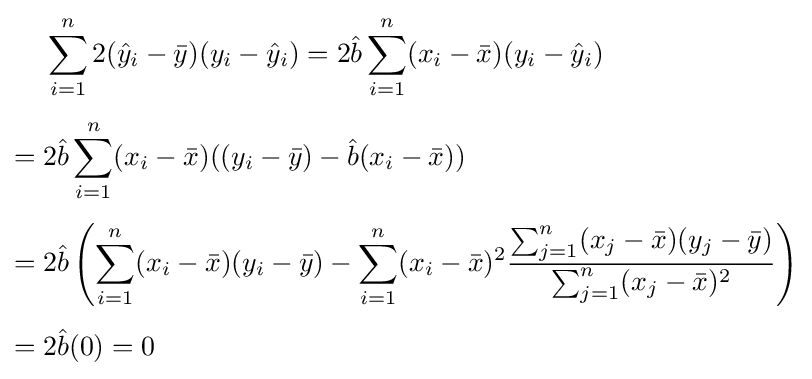
{\begin{aligned}&\sum _{i=1}^{n}2({\hat {y}}_{i}-{\bar {y}})(y_{i}-{\hat {y}}_{i})=2{\hat {b}}\sum _{i=1}^{n}(x_{i}-{\bar {x}})(y_{i}-{\hat {y}}_{i})\\[4pt]={}&2{\hat {b}}\sum _{i=1}^{n}(x_{i}-{\bar {x}})((y_{i}-{\bar {y}})-{\hat {b}}(x_{i}-{\bar {x}}))\\[4pt]={}&2{\hat {b}}\left(\sum _{i=1}^{n}(x_{i}-{\bar {x}})(y_{i}-{\bar {y}})-\sum _{i=1}^{n}(x_{i}-{\bar {x}})^{2}{\frac {\sum _{j=1}^{n}(x_{j}-{\bar {x}})(y_{j}-{\bar {y}})}{\sum _{j=1}^{n}(x_{j}-{\bar {x}})^{2}}}\right)\\[4pt]={}&2{\hat {b}}(0)=0\end{aligned}}